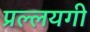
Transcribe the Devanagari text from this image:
प्रल्लयगी